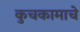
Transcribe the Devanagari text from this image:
कुचकामाचे